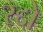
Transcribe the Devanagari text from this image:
रद्दो